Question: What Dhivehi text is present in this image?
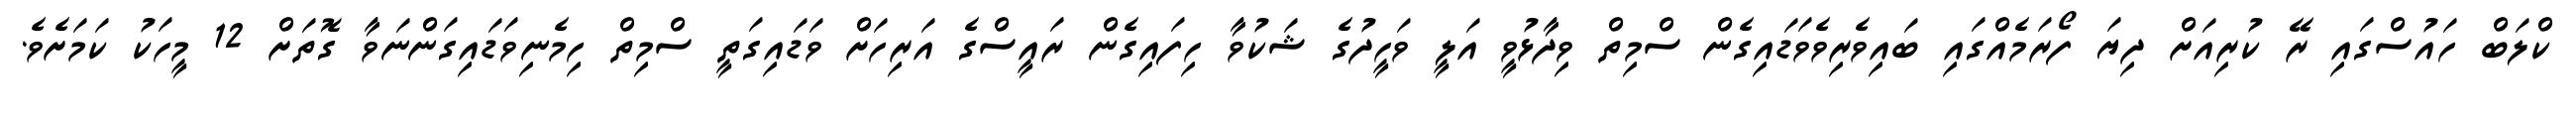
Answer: ކްލަބް ހައުސްގައި ރޭ ކުރިއަށް ދިޔަ ފޯރަމެއްގައި ބައިވެރިވެވަޑައިގެން ސްމިތް ވިދާޅުވީ އަލީ ވަހީދުގެ ޝަކުވާ ހިފައިގެން ރައީސްގެ އަރިހަށް ވަޑައިގަތީ ސްމިތް ހިމެނިވަޑައިގަންނަވާ ގޮތަށް 12 މީހަކު ކަމަށެވެ.